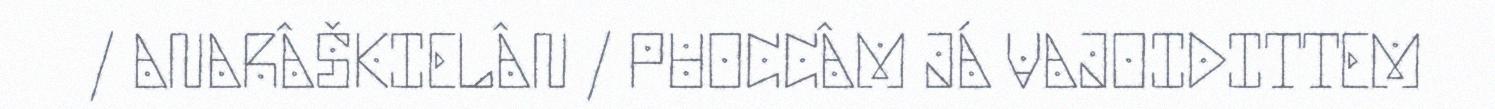
/ ANARÂŠKIELÂN / PUOCCÂM JÁ VAJOIDITTEM